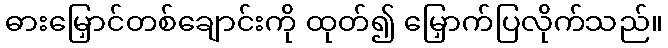
ဓားမြှောင်တစ်ချောင်းကို ထုတ်၍ မြှောက်ပြလိုက်သည်။